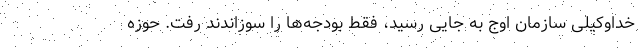
خداوکیلی سازمان اوج به جایی رسید، فقط بودجه‌ها را سوزاندند رفت. حوزه